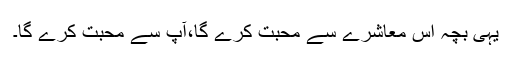
یہی بچہ اس معاشرے سے محبت کرے گا،آپ سے محبت کرے گا۔